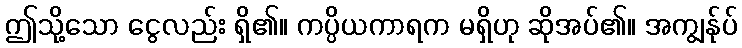
ဤသို့သော ငွေလည်း ရှိ၏။ ကပ္ပိယကာရက မရှိဟု ဆိုအပ်၏။ အကျွန်ုပ်